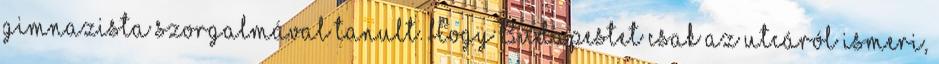
gimnazista szorgalmával tanult. Hogy Budapestet csak az utcáról ismeri,